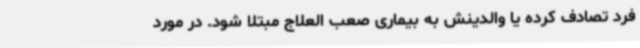
فرد تصادف کرده یا والدینش به بیماری صعب العلاج مبتلا شود. در مورد